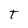
Character: t